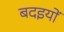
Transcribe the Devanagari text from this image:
बदइयों